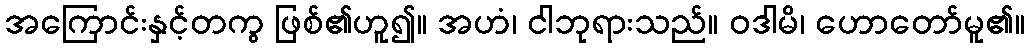
အကြောင်းနှင့်တကွ ဖြစ်၏ဟူ၍။ အဟံ၊ ငါဘုရားသည်။ ဝဒါမိ၊ ဟောတော်မူ၏။